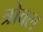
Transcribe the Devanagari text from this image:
त्रोवल